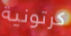
كرتونية